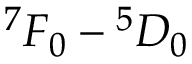
{ } ^ { 7 } F _ { 0 } - { } ^ { 5 } D _ { 0 }